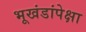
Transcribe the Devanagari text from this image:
भूखंडांपेक्षा